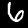
Digit: 6